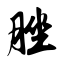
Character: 脞